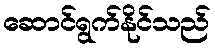
ဆောင်ရွက်နိုင်သည်